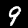
Digit: 9